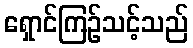
ရှောင်ကြဉ်သင့်သည်